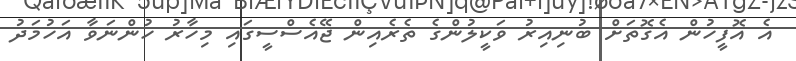
އެ އޮފީހުން އެގޮތަށް ބުނިއިރު ވަކީލުންގެ ތެރެއިން ޖޭއެސްސީގައި މިހާރު ހުންނަވާ އަހުމަދު